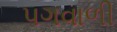
પગવાળી